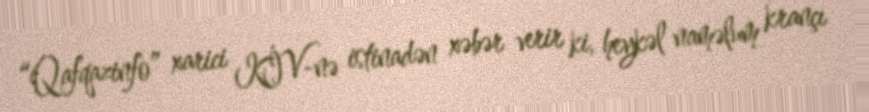
“Qafqazinfo” xarici KİV-nə istinadən xəbər verir ki, heykəl naməlum krançı